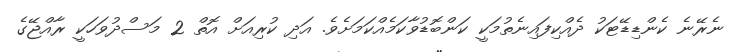
ނެރޭނެ ކެންޑިޑޭޓަކު ދެއްކިފައިނެތުމަކީ ކަންބޮޑުވާކަމެއްކަމަށެވެ. އަދި ކުރިއަށް އޮތް 2 މަސްދުވަހަކީ ރާއްޖޭގެ